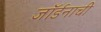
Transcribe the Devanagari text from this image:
जॉर्डनाची